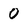
Character: 0